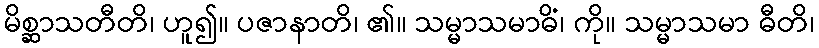
မိစ္ဆာသတီတိ၊ ဟူ၍။ ပဇာနာတိ၊ ၏။ သမ္မာသမာဓိံ၊ ကို။ သမ္မာသမာ ဓီတိ၊